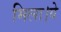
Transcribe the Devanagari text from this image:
मिला।ये